Indian journal of veterinary science and animal husbandry - Volumes 15-17, 1948-1951
Year: 1948
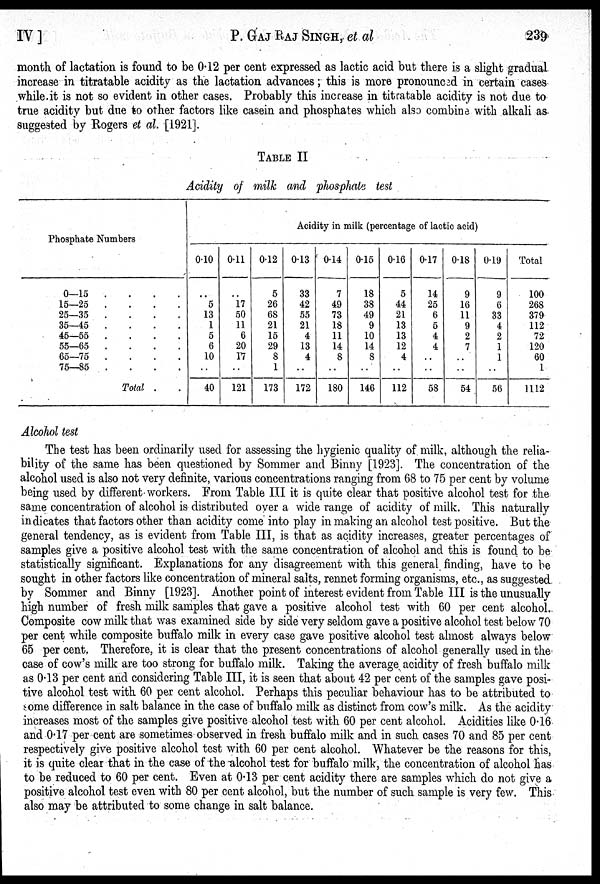
IV ]
P. GAJ RAJ SINGH, et al
239
month of lactation is found to be 0.12 per cent expressed as lactic acid but there is a slight gradual
increase in titratable acidity as the lactation advances; this is more pronounced in certain cases
while it is not so evident in other cases. Probably this increase in titratable acidity is not due to
true acidity but due to other factors like casein and phosphates which also combine with alkali as
suggested by Rogers et al. [1921].
TABLE II
Acidity of milk and phosphate test
Phosphate Numbers
0—15
.
.
.
.
15—25
.
.
.
.
25—35
.
.
.
.
35—45
.
.
.
.
45—55
.
.
.
.
55—65
.
.
.
.
65—75
.
.
.
.
75—85
.
.
.
.
Total . .
Acidity in milk (percentage of lactic acid)
0.10
..
5
13
1
5
6
10
..
40
0.11
..
17
50
11
6
20
17
..
121
0.12
5
26
68
21
15
29
8
1
173
0.13
33
42
55
21
4
13
4
..
172
0.14
7
49
73
18
11
14
8
..
180
0.15
18
38
49
9
10
14
8
..
146
0.16
5
44
21
13
13
12
4
..
112
0.17
14
25
6
5
4
4
..
..
58
0.18
9
16
11
9
2
7
..
..
54
0.19
9
6
33
4
2
1
1
..
56
Total
100
268
379
112
72
120
60
1
1112
Alcohol test
The test has been ordinarily used for assessing the hygienic quality of milk, although the relia-
bility of the same has been questioned by Sommer and Binny [1923]. The concentration of the
alcohol used is also not very definite, various concentrations ranging from 68 to 75 per cent by volume
being used by different workers. From Table III it is quite clear that positive alcohol test for the
same concentration of alcohol is distributed over a wide range of acidity of milk. This naturally
indicates that factors other than acidity come into play in making an alcohol test positive. But the
general tendency, as is evident from Table III, is that as acidity increases, greater percentages of
samples give a positive alcohol test with the same concentration of alcohol and this is found to be
statistically significant. Explanations for any disagreement with this general finding, have to be
sought in other factors like concentration of mineral salts, rennet forming organisms, etc., as suggested
by Sommer and Binny [1923]. Another point of interest evident from Table III is the unusually
high number of fresh milk samples that gave a positive alcohol test with 60 per cent alcohol.
Composite cow milk that was examined side by side very seldom gave a positive alcohol test below 70
per cent while composite buffalo milk in every case gave positive alcohol test almost always below
65 per cent. Therefore, it is clear that the present concentrations of alcohol generally used in the-
case of cow's milk are too strong for buffalo milk. Taking the average acidity of fresh buffalo milk
as 0.13 per cent and considering Table III, it is seen that about 42 per cent of the samples gave posi-
tive alcohol test with 60 per cent alcohol. Perhaps this peculiar behaviour has to be attributed to
some difference in salt balance in the case of buffalo milk as distinct from cow's milk. As the acidity
increases most of the samples give positive alcohol test with 60 per cent alcohol. Acidities like 0.16
and 0.17 per cent are sometimes observed in fresh buffalo milk and in such cases 70 and 85 per cent
respectively give positive alcohol test with 60 per cent alcohol. Whatever be the reasons for this,
it is quite clear that in the case of the alcohol test for buffalo milk, the concentration of alcohol has
to be reduced to 60 per cent. Even at 0.13 per cent acidity there are samples which do not give a
positive alcohol test even with 80 per cent alcohol, but the number of such sample is very few. This
also may be attributed to some change in salt balance.